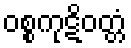
ဝစ္စကုဋိဝတ္တံ